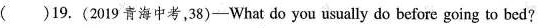
( )19.(2019青海中考,38)-What do you usually do before going to bed?